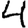
Digit: 4